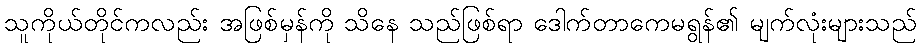
သူကိုယ်တိုင်ကလည်း အဖြစ်မှန်ကို သိနေ သည်ဖြစ်ရာ ဒေါက်တာကေမရွန်၏ မျက်လုံးများသည်